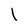
Character: l